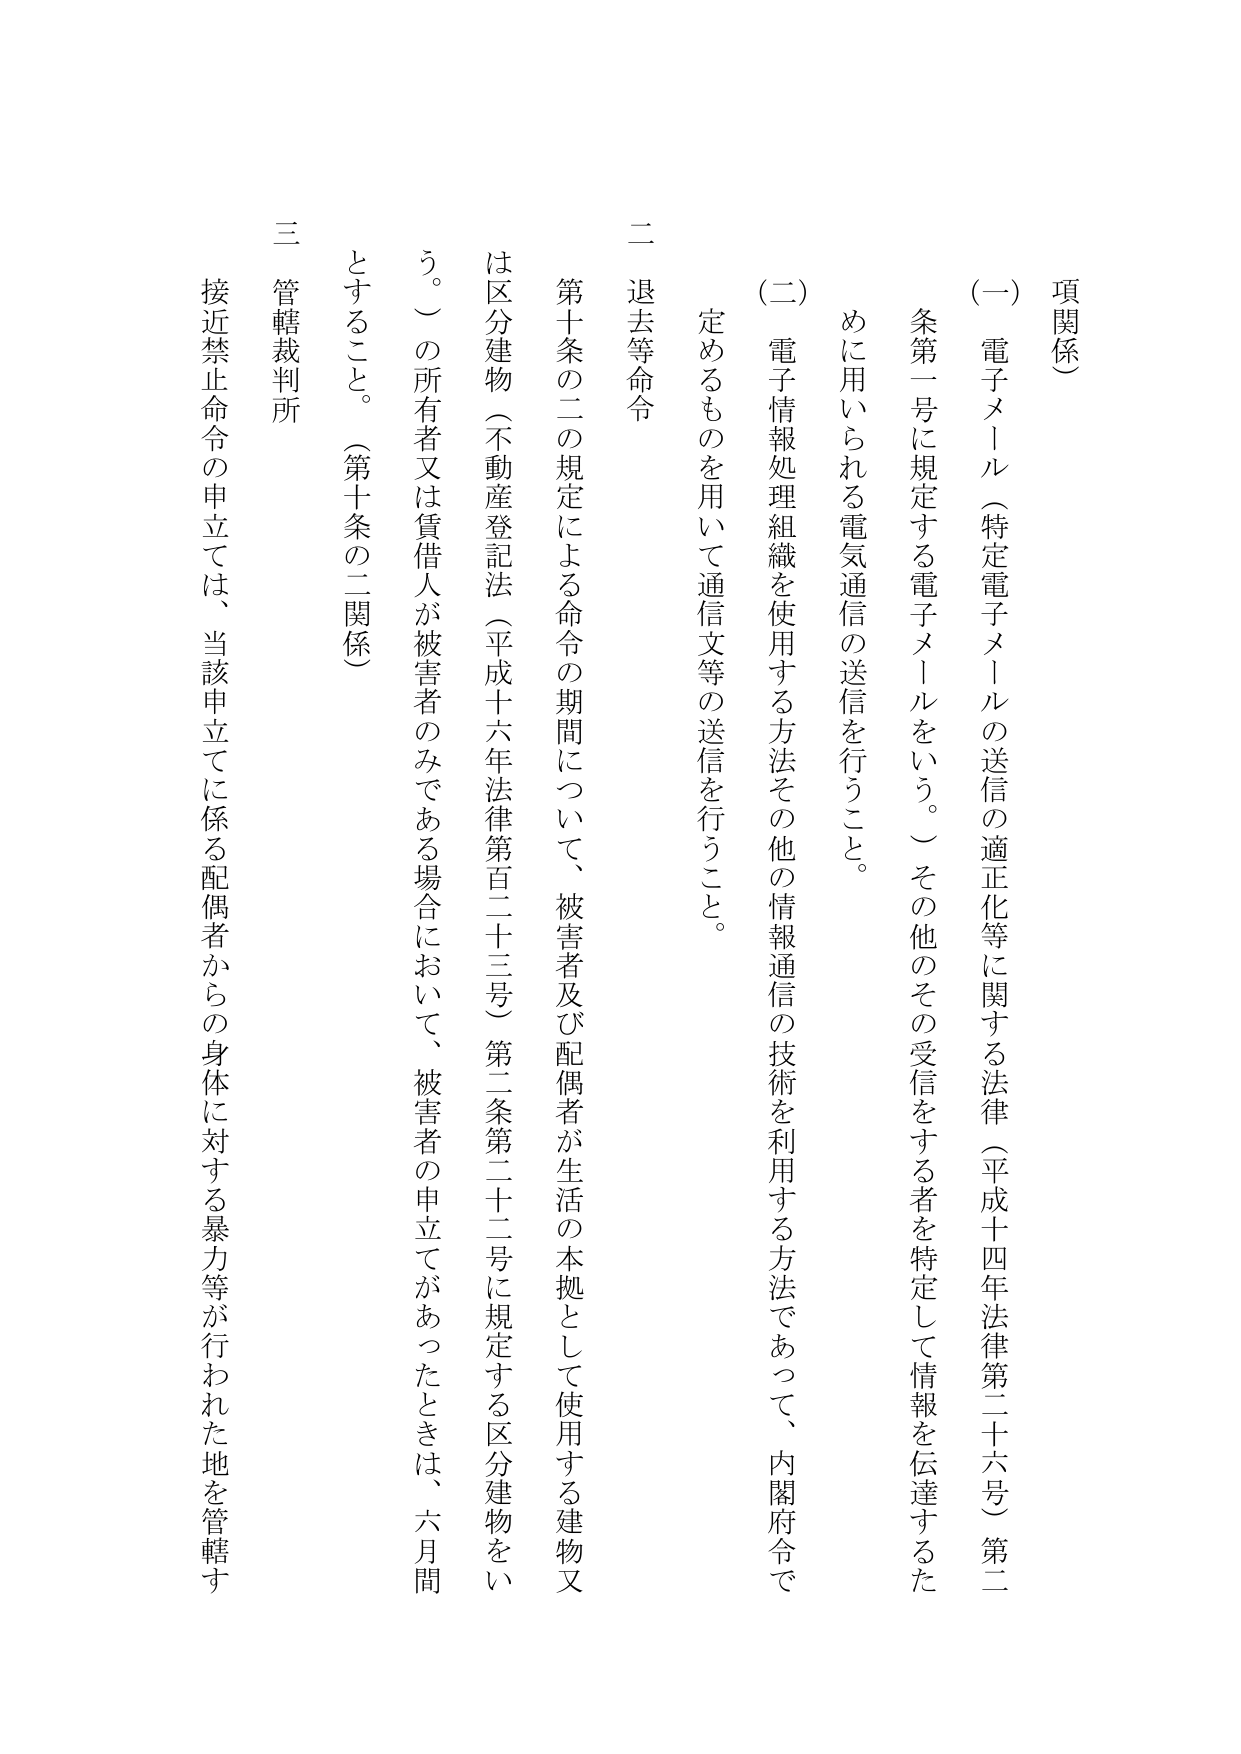
項関係

(一) 電子メール（特定電子メールの送信の適正化等に関する法律（平成十四年法律第二十六号）第二条第一号に規定する電子メールをいう。）その他のその受信をする者を特定して情報を伝達するため用いられる電気通信の送信を行うこと。

(二) 電子情報処理組織を使用する方法その他の情報通信の技術を利用する方法であって、内閣府令で定めるものを用いて通信文等の送信を行うこと。

二 退去等命令

第十条の二の規定による命令の期間について、被害者及び配偶者が生活の本拠として使用する建物又は区分建物（不動産登記法（平成十六年法律第百二十三号）第二条第二十二号に規定する区分建物をいう。）の所有者又は賃借人が被害者のみである場合において、被害者の申立てがあったときは、六月間とすること。（第十条の二関係）

三 管轄裁判所

接近禁止命令の申立ては、当該申立てに係る配偶者からの身体に対する暴力等が行われた地を管轄す